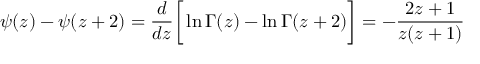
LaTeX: \psi ( z ) - \psi ( z + 2 ) = \frac { d } { d z } \bigg [ \ln \Gamma ( z ) - \ln \Gamma ( z + 2 ) \bigg ] = - \frac { 2 z + 1 } { z ( z + 1 ) }